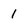
Character: 1